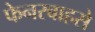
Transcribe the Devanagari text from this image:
फेनरबाहसे